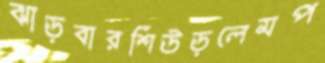
ঝাড়বারশিউড়লেমপ